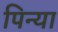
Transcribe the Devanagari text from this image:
पिन्या